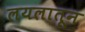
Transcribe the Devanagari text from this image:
लयलातून